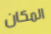
المكان